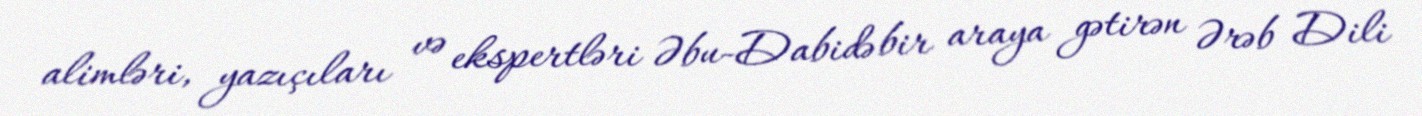
alimləri, yazıçıları və ekspertləri Əbu-Dabidə bir araya gətirən Ərəb Dili